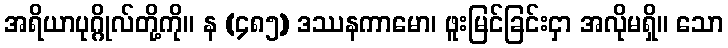
အရိယာပုဂ္ဂိုလ်တို့ကို။ န (၄၈၅) ဒဿနကာမော၊ ဖူးမြင်ခြင်းငှာ အလိုမရှိ။ သော